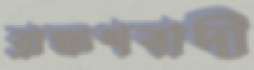
ব্রাহ্মণবাদী